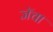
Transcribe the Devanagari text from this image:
जॅचा